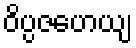
ဝိပ္ပဇဟေယျ